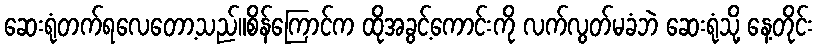
ဆေးရုံတက်ရလေတော့သည်။စိန်ကြောင်က ထိုအခွင့်ကောင်းကို လက်လွတ်မခံဘဲ ဆေးရုံသို့ နေ့တိုင်း